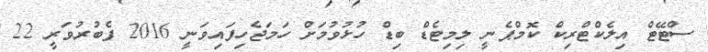
ސްޓޭޓް އިލެކްޓްރިކް ކޮމްޕެނީ ލިމިޓެޑް ބިޑް ހުޅުވުމަށް ހަމަޖެހިފައިވަނީ 2016 ފެބުރުވަރީ 22